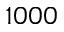
1 0 0 0